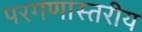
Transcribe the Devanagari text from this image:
परगणास्तरीय